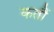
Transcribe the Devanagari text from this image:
कतौं